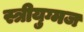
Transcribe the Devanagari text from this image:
स्त्रीयुग्मज